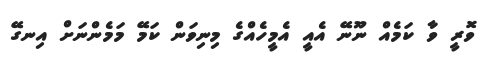
ވޮރީ ވާ ކަމެއް ނޫނޭ އެއީ އެމީހެއްގެ މިނިވަން ކަމޭ މަމެންނަށް އިނގޭ